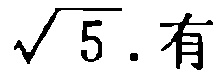
$\sqrt{5}$.有